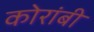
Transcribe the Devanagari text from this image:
कोरांबी